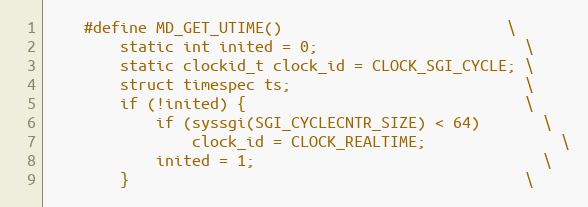
Language: C
    #define MD_GET_UTIME()                         \
        static int inited = 0;                       \
        static clockid_t clock_id = CLOCK_SGI_CYCLE; \
        struct timespec ts;                          \
        if (!inited) {                               \
            if (syssgi(SGI_CYCLECNTR_SIZE) < 64)       \
                clock_id = CLOCK_REALTIME;               \
            inited = 1;                                \
        }                                            \